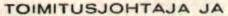
TOIMITUSJOHTAJA JA